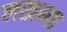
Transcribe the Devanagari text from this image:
लखन्या